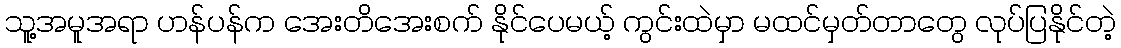
သူ့အမူအရာ ဟန်ပန်က အေးတိအေးစက် နိုင်ပေမယ့် ကွင်းထဲမှာ မထင်မှတ်တာတွေ လုပ်ပြနိုင်တဲ့